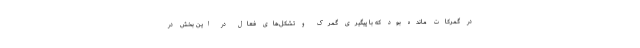
در گمرکات مانده بود که با پیگیری گمرک و تشکل‌های فعال در این بخش در